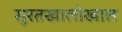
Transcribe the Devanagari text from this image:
सुरतखालोखाल